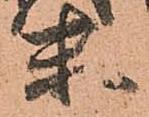
未